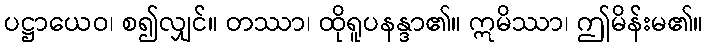
ပဋ္ဌာယေဝ၊ စ၍လျှင်။ တဿာ၊ ထိုရူပနန္ဒာ၏။ ဣမိဿာ၊ ဤမိန်းမ၏။